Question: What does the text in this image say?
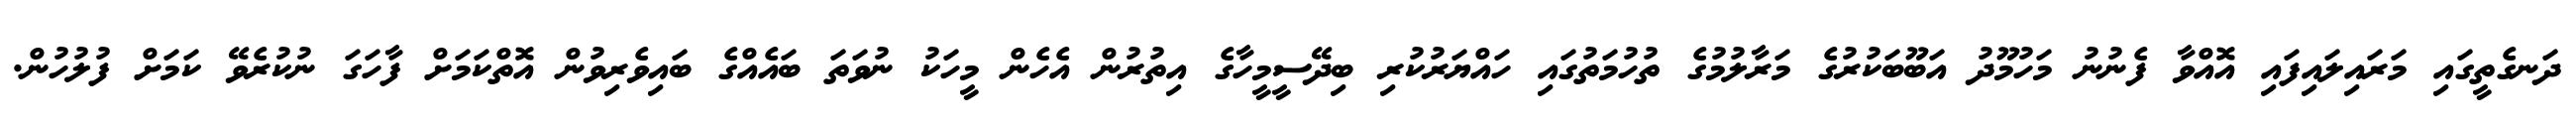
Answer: ދަނގެތީގައި މަރައިލައިފައި އޮއްވާ ފެނުނު މަހުމޫދު އަބޫބަކުރުގެ މަރާލުމުގެ ތުހުމަތުގައި ހައްޔަރުކުރި ބިދޭސީމީހާގެ އިތުރުން އެހެން މީހަކު ނުވަތަ ބައެއްގެ ބައިވެރިވުން އޮތްކަމަށް ފާހަގަ ނުކުރެވޭ ކަމަށް ފުލުހުން.